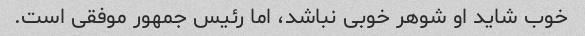
خوب شاید او شوهر خوبی نباشد، اما رئیس جمهور موفقی است.